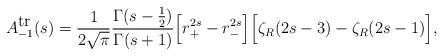
LaTeX: \begin{align*}A_{-1}^{\mbox{tr}}(s)={1\over 2\sqrt{\pi}}{\Gamma(s-{1\over 2})\over \Gamma(s+1)}\Bigr[r_{+}^{2s}-r_{-}^{2s}\Bigr]\Bigr[\zeta_{R}(2s-3)-\zeta_{R}(2s-1)\Bigr],\end{align*}